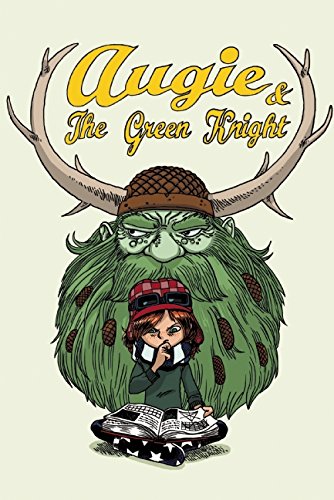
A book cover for Augie and the Green Knight; Zach Weinersmith; Children's Books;